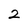
Character: 2